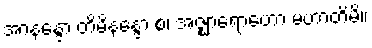
အာနန္ဒော တိမိနန္ဒော စ၊ အဇ္ဈာရောဟော မဟာတိမိ။